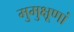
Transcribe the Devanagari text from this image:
मुमुक्षूणां